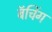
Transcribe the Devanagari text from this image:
बॅचिंग